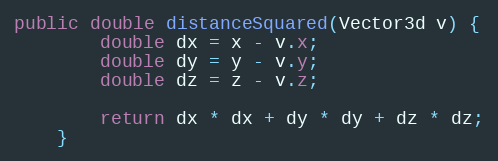
Language: Java
public double distanceSquared(Vector3d v) {
        double dx = x - v.x;
        double dy = y - v.y;
        double dz = z - v.z;

        return dx * dx + dy * dy + dz * dz;
    }